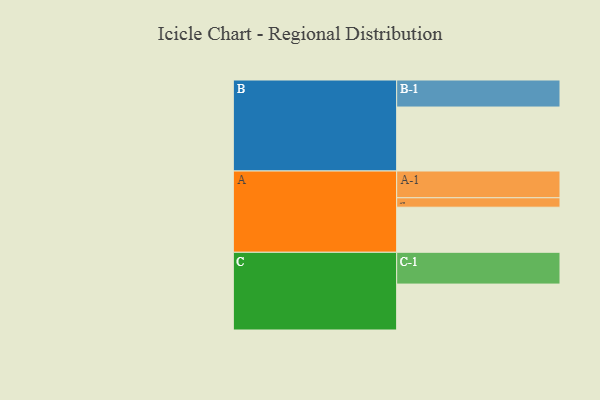
{"axis": {"x": "Segment", "y": "Value"}, "legend": ["", "A", "B", "C"], "data": [{"x": "A", "y": 315, "type": ""}, {"x": "B", "y": 447, "type": ""}, {"x": "C", "y": 321, "type": ""}, {"x": "A-1", "y": 187, "type": "A"}, {"x": "A-2", "y": 66, "type": "A"}, {"x": "B-1", "y": 189, "type": "B"}, {"x": "C-1", "y": 222, "type": "C"}]}